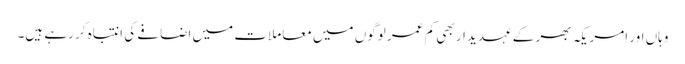
وہاں اور امریکہ بھر کے عہدیدار بھی کم عمر لوگوں میں معاملات میں اضافے کی انتباہ کر رہے ہیں۔